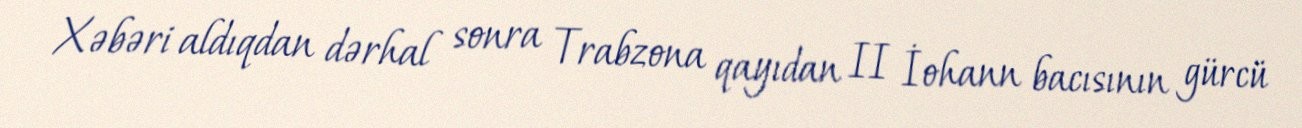
Xəbəri aldıqdan dərhal sonra Trabzona qayıdan II İohann bacısının gürcü